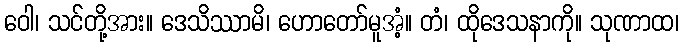
ဝေါ၊ သင်တို့အား။ ဒေသိဿာမိ၊ ဟောတော်မူအံ့။ တံ၊ ထိုဒေသနာကို။ သုဏာထ၊